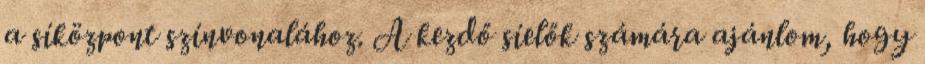
a síközpont színvonalához. A kezdő síelők számára ajánlom, hogy